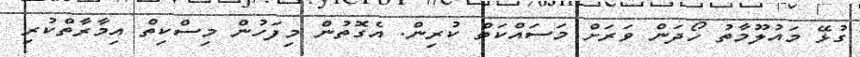
ގުޅޭ މައުލޫމާތު ހޯދަން ވަރަށް މަސައްކަތް ކުރިން. އެގޮތުން މިފަހުން މިސްކިތް އިމާރާތްކުރި